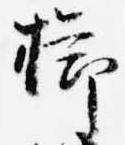
櫛